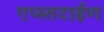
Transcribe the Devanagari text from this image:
एप्स्तटाईण